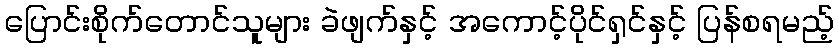
ပြောင်းစိုက်တောင်သူများ ခဲဖျက်နှင့် အကောင့်ပိုင်ရှင်နှင့် ပြန်စရမည့်